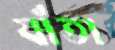
যাঁতা